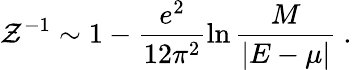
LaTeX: \mathcal{Z}^{-1}\sim1-\frac{{e^{2}}}{{12\pi^{2}}}\ln{\frac{{M}}{{|E-\mu|}}}\ .